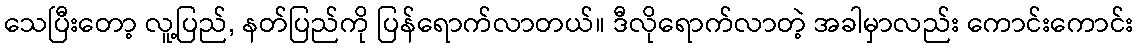
သေပြီးတော့ လူ့ပြည်, နတ်ပြည်ကို ပြန်ရောက်လာတယ်။ ဒီလိုရောက်လာတဲ့ အခါမှာလည်း ကောင်းကောင်း